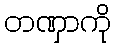
တဏှာကို